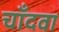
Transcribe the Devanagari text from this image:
चाँदवा